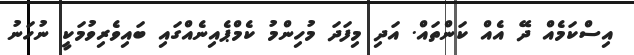
އިސްކަމެއް ދޭ އެއް ކަންތައް. އަދި މިފަދަ މުހިންމު ކެމްޕެއިނެއްގައި ބައިވެރިވުމަކީ ނުހަނު